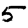
Digit: 5